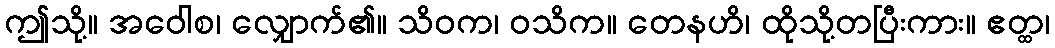
ဤသို့။ အဝေါစ၊ လျှောက်၏။ သိဝက၊ ဝသိက။ တေနဟိ၊ ထိုသို့တပြီးကား။ ဧတ္ထ၊